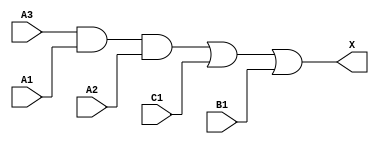
module sky130_fd_sc_ms__a311o (
    X ,
    A1,
    A2,
    A3,
    B1,
    C1
);

    // Module ports
    output X ;
    input  A1;
    input  A2;
    input  A3;
    input  B1;
    input  C1;

    // Local signals
    wire and0_out ;
    wire or0_out_X;

    //  Name  Output     Other arguments
    and and0 (and0_out , A3, A1, A2      );
    or  or0  (or0_out_X, and0_out, C1, B1);
    buf buf0 (X        , or0_out_X       );

endmodule